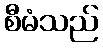
စီမံသည်